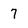
Character: 7